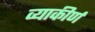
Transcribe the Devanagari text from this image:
व्याकीर्ण